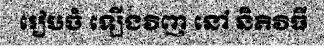
រៀបចំ ឡើងវិញ នៅ និតិវិធី